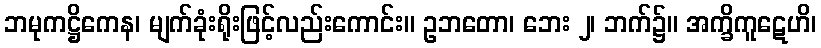
ဘမုကဋ္ဌိကေန၊ မျက်ခုံးရိုးဖြင့်လည်းကောင်း။ ဥဘတော၊ ဘေး ၂၊ ဘက်၌။ အက္ခိကူဋေဟိ၊